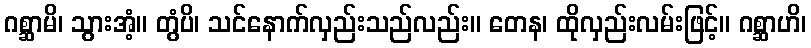
ဂစ္ဆာမိ၊ သွားအံ့။ တွံပိ၊ သင်နောက်လှည်းသည်လည်း။ တေန၊ ထိုလှည်းလမ်းဖြင့်။ ဂစ္ဆာဟိ၊